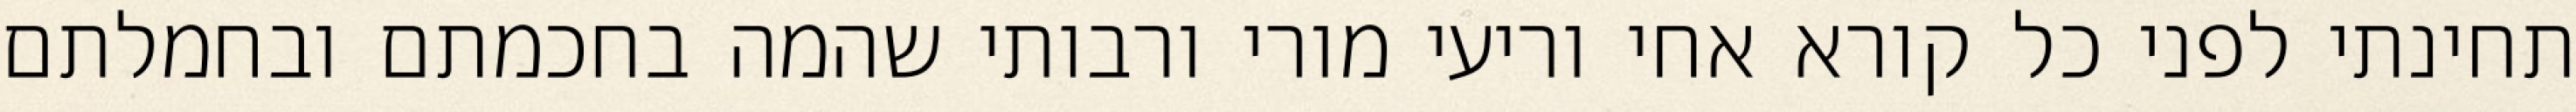
תחינתי לפני כל קורא אחי וריעי מורי ורבותי שהמה בחכמתם ובחמלתם